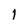
Character: l